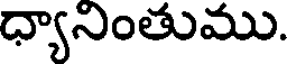
ధ్యానింతుము.